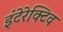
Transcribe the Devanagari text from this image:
इंटेरेक्टिव